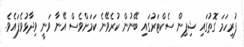
ފުރިހަމަ ގޮތުގައި ޝިޕިން ސެކްޓަރުގައި ބޭނުން ކުރެވޭނެ ކަމަށްވެސް އޭނާ ވަނީ ވިދާޅުވެފައެެވެ.